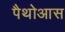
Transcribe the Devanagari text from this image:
पैथोआस